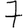
Digit: 7